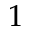
1